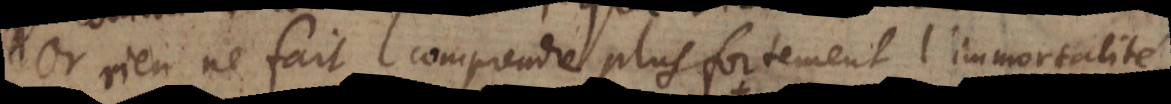
Or rien ne fait comprendre plus fortement l’immortalité,